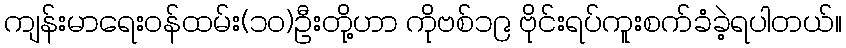
ကျန်းမာရေးဝန်ထမ်း(၁၀)ဦးတို့ဟာ ကိုဗစ်၁၉ ဗိုင်းရပ်ကူးစက်ခံခဲ့ရပါတယ်။